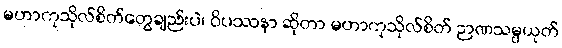
မဟာကုသိုလ်စိတ်တွေချည်းပဲ၊ ဝိပဿနာ ဆိုတာ မဟာကုသိုလ်စိတ် ဉာဏသမ္ပယုတ်